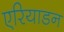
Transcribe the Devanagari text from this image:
एरियाडन